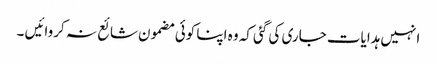
انہیں ہدایات جاری کی گئی کہ وہ اپنا کوئی مضمون شائع نہ کروائیں ۔